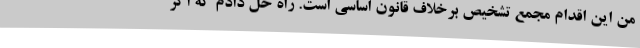
من این اقدام مجمع تشخیص برخلاف قانون اساسی است. راه حل دادم که اگر